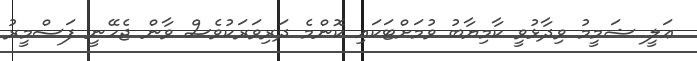
ޢަލީ ޝަމީމު ވިދާޅުވީ ކާމިޔާބު ވުމަށްޓަކައި ކޮންމެ ދަރިވަރަކުވެސް ވާން ޖެހޭނީ ފަސްމީރު